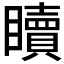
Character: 𥌚